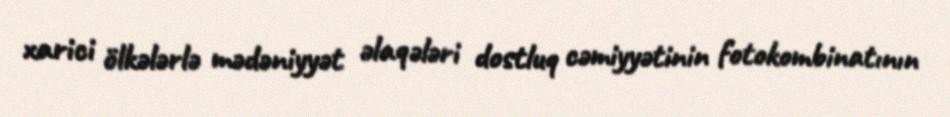
xarici ölkələrlə mədəniyyət əlaqələri dostluq cəmiyyətinin fotokombinatının